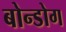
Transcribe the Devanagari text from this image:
बोन्डोग